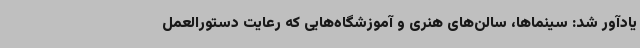
یادآور شد: سینماها، سالن‌های هنری و آموزشگاه‌هایی که رعایت دستورالعمل